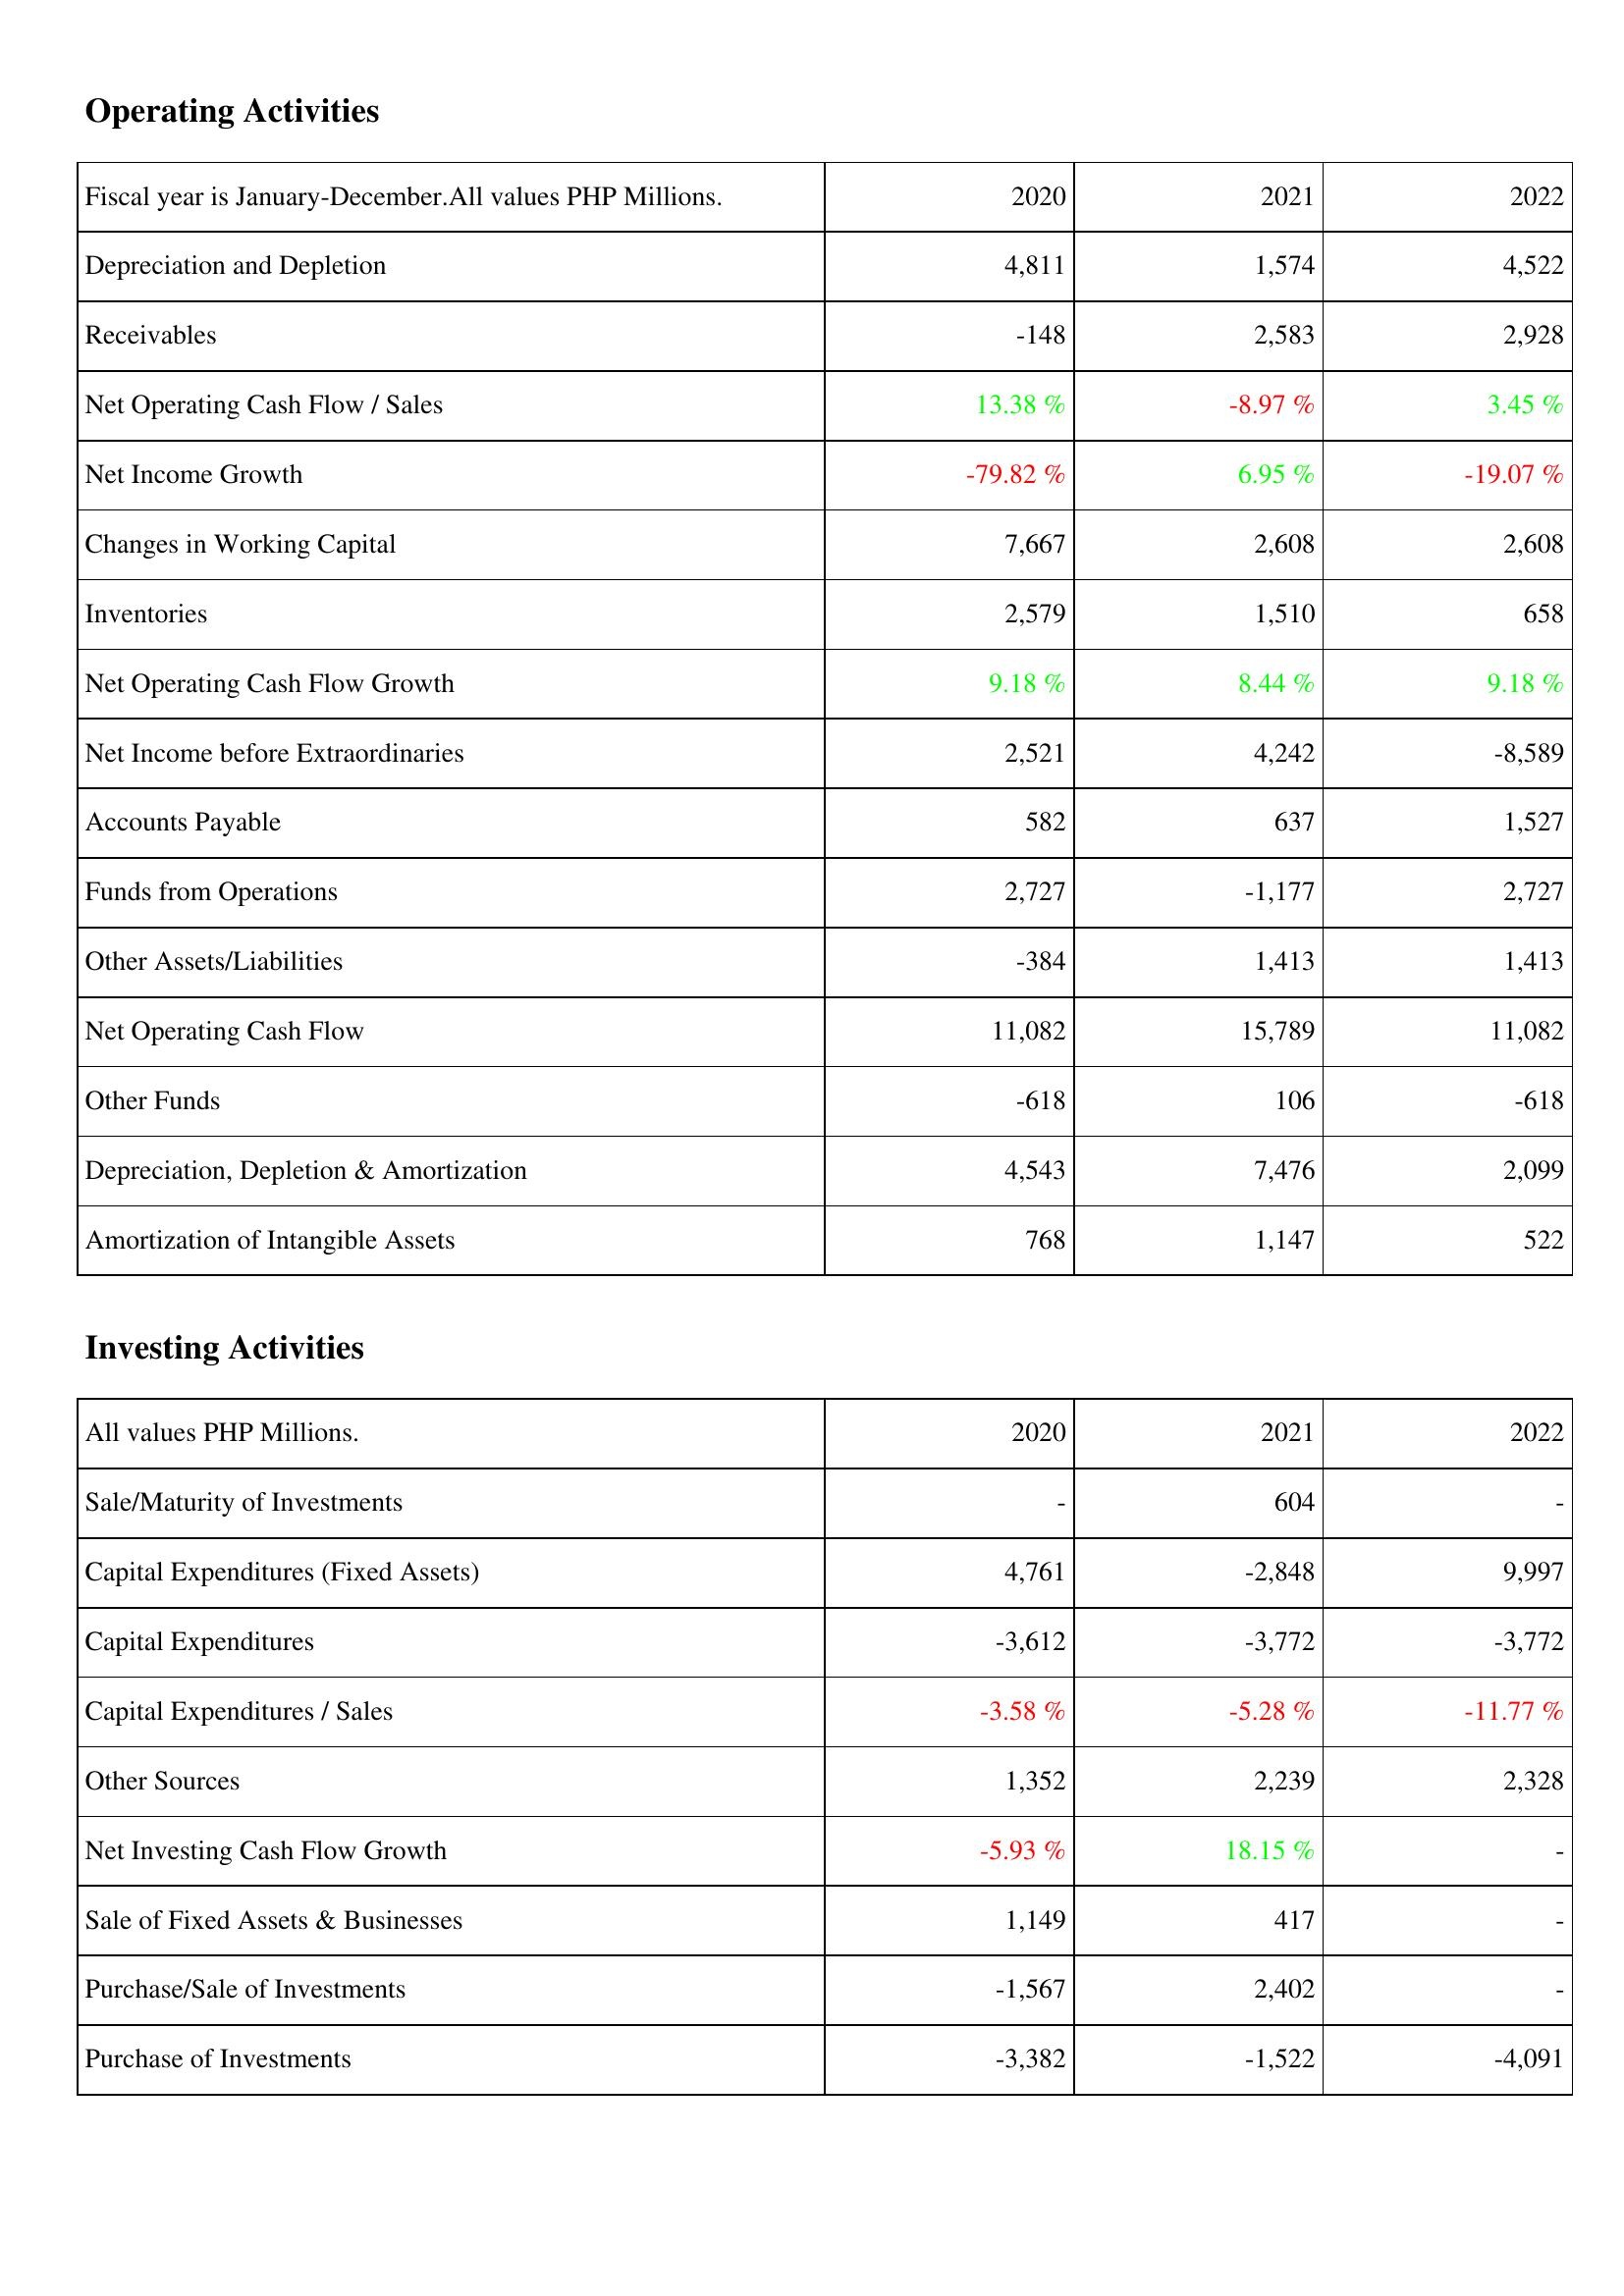
2020: Operating Activities: Depreciation and Depletion: 4,811
Receivables: -148
Net Operating Cash Flow / Sales: 13.38 %
Net Income Growth: -79.82 %
Changes in Working Capital: 7,667
Inventories: 2,579
Net Operating Cash Flow Growth: 9.18 %
Net Income before Extraordinaries: 2,521
Accounts Payable: 582
Funds from Operations: 2,727
Other Assets/Liabilities: -384
Net Operating Cash Flow: 11,082
Other Funds: -618
Depreciation, Depletion & Amortization: 4,543
Amortization of Intangible Assets: 768
Investing Activities: Sale/Maturity of Investments: -
Capital Expenditures (Fixed Assets): 4,761
Capital Expenditures: -3,612
Capital Expenditures / Sales: -3.58 %
Other Sources: 1,352
Net Investing Cash Flow Growth: -5.93 %
Sale of Fixed Assets & Businesses: 1,149
Purchase/Sale of Investments: -1,567
Purchase of Investments: -3,382
2021: Operating Activities: Depreciation and Depletion: 1,574
Receivables: 2,583
Net Operating Cash Flow / Sales: -8.97 %
Net Income Growth: 6.95 %
Changes in Working Capital: 2,608
Inventories: 1,510
Net Operating Cash Flow Growth: 8.44 %
Net Income before Extraordinaries: 4,242
Accounts Payable: 637
Funds from Operations: -1,177
Other Assets/Liabilities: 1,413
Net Operating Cash Flow: 15,789
Other Funds: 106
Depreciation, Depletion & Amortization: 7,476
Amortization of Intangible Assets: 1,147
Investing Activities: Sale/Maturity of Investments: 604
Capital Expenditures (Fixed Assets): -2,848
Capital Expenditures: -3,772
Capital Expenditures / Sales: -5.28 %
Other Sources: 2,239
Net Investing Cash Flow Growth: 18.15 %
Sale of Fixed Assets & Businesses: 417
Purchase/Sale of Investments: 2,402
Purchase of Investments: -1,522
2022: Operating Activities: Depreciation and Depletion: 4,522
Receivables: 2,928
Net Operating Cash Flow / Sales: 3.45 %
Net Income Growth: -19.07 %
Changes in Working Capital: 2,608
Inventories: 658
Net Operating Cash Flow Growth: 9.18 %
Net Income before Extraordinaries: -8,589
Accounts Payable: 1,527
Funds from Operations: 2,727
Other Assets/Liabilities: 1,413
Net Operating Cash Flow: 11,082
Other Funds: -618
Depreciation, Depletion & Amortization: 2,099
Amortization of Intangible Assets: 522
Investing Activities: Sale/Maturity of Investments: -
Capital Expenditures (Fixed Assets): 9,997
Capital Expenditures: -3,772
Capital Expenditures / Sales: -11.77 %
Other Sources: 2,328
Net Investing Cash Flow Growth: -
Sale of Fixed Assets & Businesses: -
Purchase/Sale of Investments: -
Purchase of Investments: -4,091